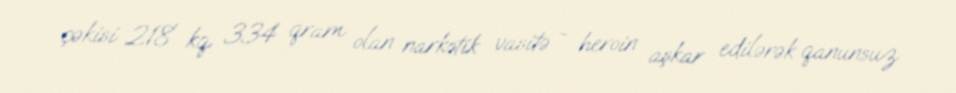
çəkisi 218 kq 334 qram olan narkotik vasitə - heroin aşkar edilərək qanunsuz